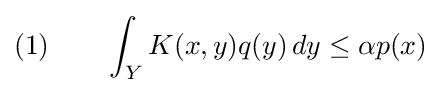
(1)\qquad \int _{Y}K(x,y)q(y)\,dy\leq \alpha p(x)